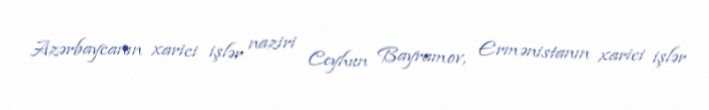
Azərbaycanın xarici işlər naziri Ceyhun Bayramov, Ermənistanın xarici işlər